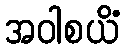
အဝါစယိံ